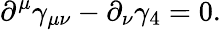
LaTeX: \partial^{\mu}\gamma_{\mu\nu}-\partial_{\nu}\gamma_{4}=0.